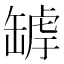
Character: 𦉄